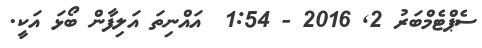
ސެޕްޓެމްބަރު 2